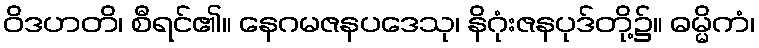
ဝိဒဟတိ၊ စီရင်၏။ နေဂမဇနပဒေသု၊ နိဂုံးဇနပုဒ်တို့၌။ ဓမ္မိကံ၊